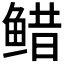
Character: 𱇷